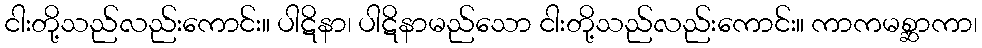
ငါးတို့သည်လည်းကောင်း။ ပါဋိနာ၊ ပါဋိနာမည်သော ငါးတို့သည်လည်းကောင်း။ ကာကမစ္ဆာကာ၊